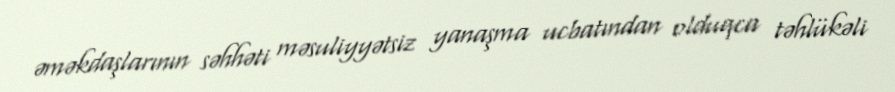
əməkdaşlarının səhhəti məsuliyyətsiz yanaşma ucbatından olduqca təhlükəli